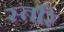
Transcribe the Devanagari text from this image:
स्तरि